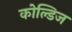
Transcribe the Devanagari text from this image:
कोल्डिज